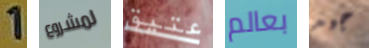
1 لمشروع عتيق بعالم جيد